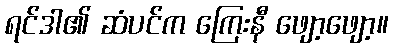
ရင်ဒါ၏ ဆံပင်က ကြေးနီ ဖျော့ဖျော့။